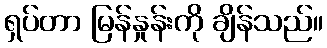
ရှပ်တာ မြန်နှုန်းကို ချိန်သည်။